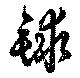
毬